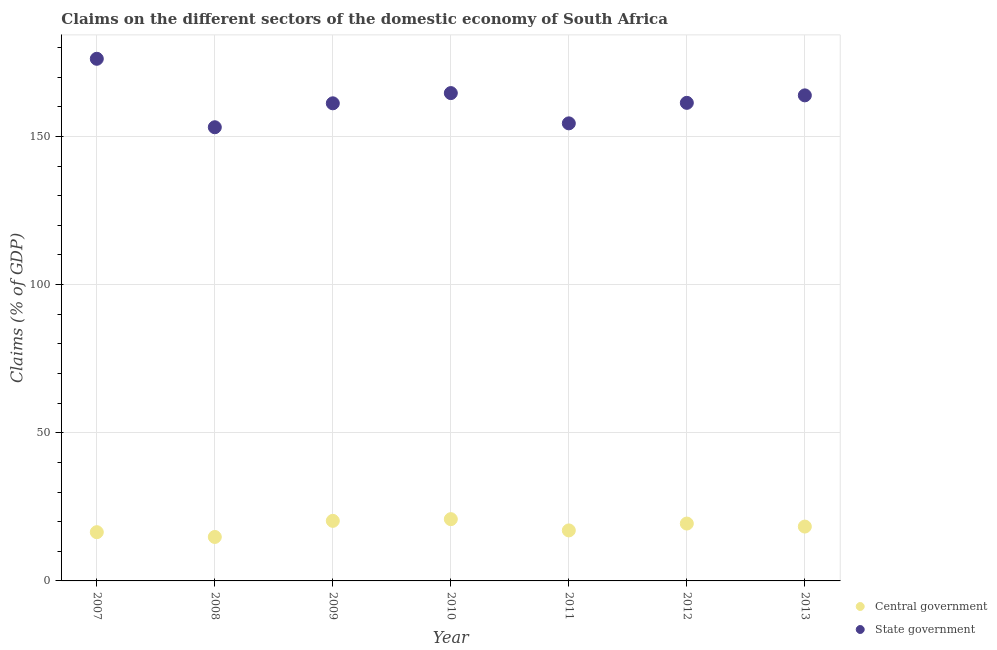
| Year | Central government | State government |
 | --- | --- | --- |
 | 2007 | 16.5 | 176 |
 | 2008 | 14.8 | 153 |
 | 2009 | 20.3 | 161 |
 | 2010 | 20.8 | 165 |
 | 2011 | 17 | 154 |
 | 2012 | 19.4 | 161 |
 | 2013 | 18.3 | 164 |